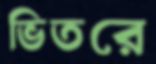
ভিতরে